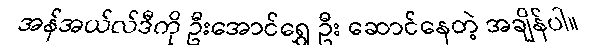
အန်အယ်လ်ဒီကို ဦးအောင်ရွှေ ဦး ဆောင်နေတဲ့ အချိန်ပါ။